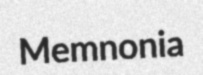
Memnonia